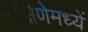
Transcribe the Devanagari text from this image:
दक्षिणेमध्यें